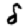
Digit: 8